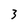
Character: 3